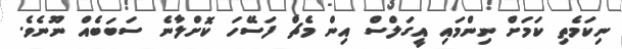
ނިކަމެތި ކަމަށް ނިންމައި އީގަލްސް އިން މެޗް ފަސޭހަ ކޮށްލާނެ ސަބަބެއް ނޫނެވެ.